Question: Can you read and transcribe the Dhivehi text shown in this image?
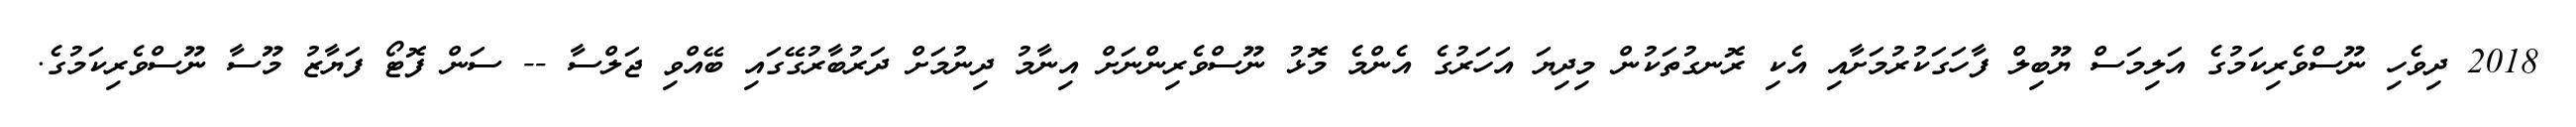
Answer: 2018 ދިވެހި ނޫސްވެރިކަމުގެ އަލިމަސް ޔޫބިލް ފާހަގަކުރުމަށާއި އެކި ރޮނގުތަކުން މިދިޔަ އަހަރުގެ އެންމެ މޮޅު ނޫސްވެރިންނަށް އިނާމު ދިނުމަށް ދަރުބާރުގޭގައި ބޭއްވި ޖަލްސާ -- ސަން ފޮޓޯ ފަޔާޒު މޫސާ ނޫސްވެރިކަމުގެ.